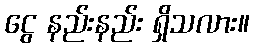
ငွေ နည်းနည်း ရှိသလား။